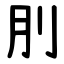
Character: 刖